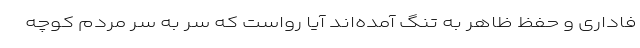
فاداری و حفظ ظاهر به تنگ آمده‌اند آیا رواست که سر به سر مردم کوچه